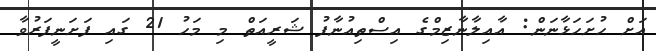
އަށް ހުށަހަޅާނަން: އާއިލާނާޒިމްގެ އިސްތިއުނާފު ޝަރީއަތް މި މަހު 21 ގައި ފަށަނީފަރުވާ